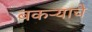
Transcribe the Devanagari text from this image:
बकऱ्याचे